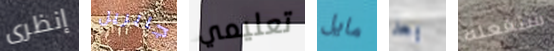
إنظرى جابريل تعليمي مايل بعد ستفعله